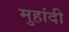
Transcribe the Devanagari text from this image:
मुहांदी